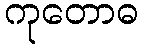
ကုတောဓ